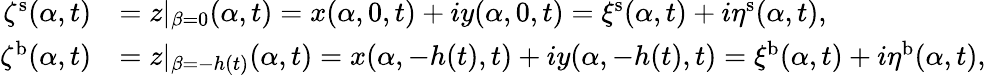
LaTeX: \begin{array}{rl}{\zeta^{\mathrm{s}}(\alpha,t)}&{=z|_{\beta=0}(\alpha,t)=x(\alpha,0,t)+iy(\alpha,0,t)=\xi^{\mathrm{s}}(\alpha,t)+i\eta^{\mathrm{s}}(\alpha,t),}\\ {\zeta^{\mathrm{b}}(\alpha,t)}&{=z|_{\beta=-h(t)}(\alpha,t)=x(\alpha,-h(t),t)+iy(\alpha,-h(t),t)=\xi^{\mathrm{b}}(\alpha,t)+i\eta^{\mathrm{b}}(\alpha,t),}\end{array}